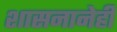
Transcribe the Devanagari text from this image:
शासनानेही